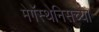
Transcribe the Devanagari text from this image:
मेगॅस्थेनिसच्या